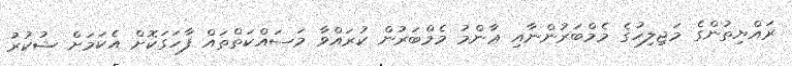
ރައްޔިތުންގެ މަޖިލިހުގެ މެމްބަރުންނާއި ޢާންމު މެމްބަރުން ކުރައްވާ މަސައްކަތްތައް ފާހަގަކޮށް އެކަމަށް ޝުކުރު